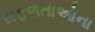
સફળતાઓના